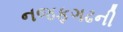
નજફગઢની